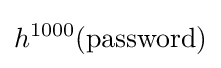
h^{1000}(\mathrm {password} )